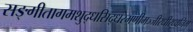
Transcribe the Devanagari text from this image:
सङ्गीतागमशुद्धसिद्धरमणीमञ्जीरधीरध्वनिम्